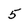
Character: 5